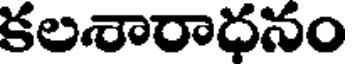
కలశారాధనం